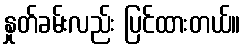
နှုတ်ခမ်းလည်း ပြင်ထားတယ်။